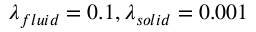
\lambda _ { f l u i d } = 0 . 1 , \lambda _ { s o l i d } = 0 . 0 0 1